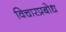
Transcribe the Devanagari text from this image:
विचारप्रबोध